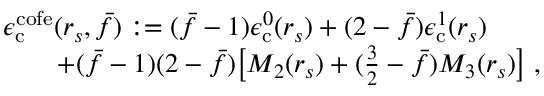
\begin{array} { r l } & { \epsilon _ { \mathrm { c } } ^ { \mathrm { c o f e } } ( r _ { s } , \bar { f } ) : = ( \bar { f } - 1 ) \epsilon _ { \mathrm { c } } ^ { 0 } ( r _ { s } ) + ( 2 - \bar { f } ) \epsilon _ { \mathrm { c } } ^ { 1 } ( r _ { s } ) } \\ & { ~ ~ ~ ~ ~ ~ + ( \bar { f } - 1 ) ( 2 - \bar { f } ) \big [ M _ { 2 } ( r _ { s } ) + ( \frac 3 2 - \bar { f } ) M _ { 3 } ( r _ { s } ) \big ] \; , } \end{array}